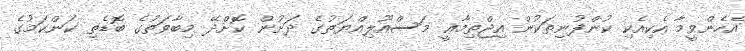
އެހެންވީމާ އެކިއެކި ކުންފުނިތަކުން އިޖްތިމާޢީ މަސްއޫލިއްޔަތުގެ ދަށުން ކޮށްދޭ މިބާވަތުގެ ބޮޑެތި ކަންކަމުގެ